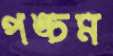
পঙ্চম